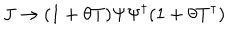
LaTeX: J \rightarrow ( 1 + \theta T ) \Psi \Psi ^ { \dagger } ( 1 + \theta T ^ { \dagger } )